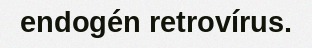
endogén retrovírus.